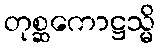
တုစ္ဆကောဋ္ဌသ္မိ